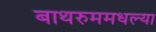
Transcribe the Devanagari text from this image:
बाथरुममधल्‍या